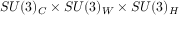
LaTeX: S U ( 3 ) _ { C } \times S U ( 3 ) _ { W } \times S U ( 3 ) _ { H }